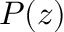
P ( z )